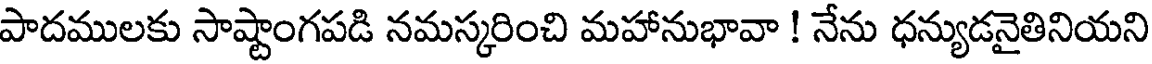
పాదములకు సాష్టాంగపడి నమస్కరించి మహానుభావా ! నేను ధన్యుడనైతినియని